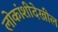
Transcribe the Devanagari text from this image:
लोकांशीदेखील